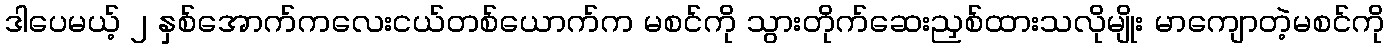
ဒါပေမယ့် ၂ နှစ်အောက်ကလေးငယ်တစ်ယောက်က မစင်ကို သွားတိုက်ဆေးညှစ်ထားသလိုမျိုး မာကျောတဲ့မစင်ကို